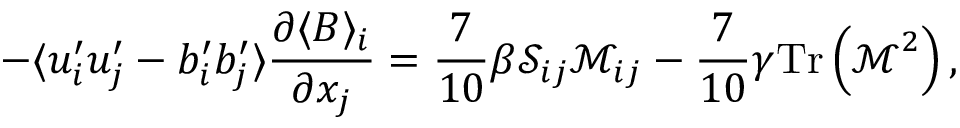
- \langle u _ { i } ^ { \prime } u _ { j } ^ { \prime } - b _ { i } ^ { \prime } b _ { j } ^ { \prime } \rangle \frac { \partial \langle B \rangle _ { i } } { \partial x _ { j } } = \frac { 7 } { 1 0 } \beta \mathcal { S } _ { i j } \mathcal { M } _ { i j } - \frac { 7 } { 1 0 } \gamma \mathrm { T r } \left( \boldsymbol { \mathcal { M } } ^ { 2 } \right) ,